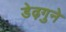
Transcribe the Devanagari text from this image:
डेढ़गुने